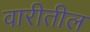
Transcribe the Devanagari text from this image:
वारीतील